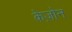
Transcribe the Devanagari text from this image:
केज़ोन